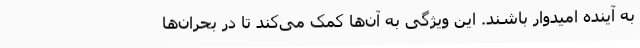
به آینده امیدوار باشند. این ویژگی به آن‌ها کمک می‌کند تا در بحران‌ها